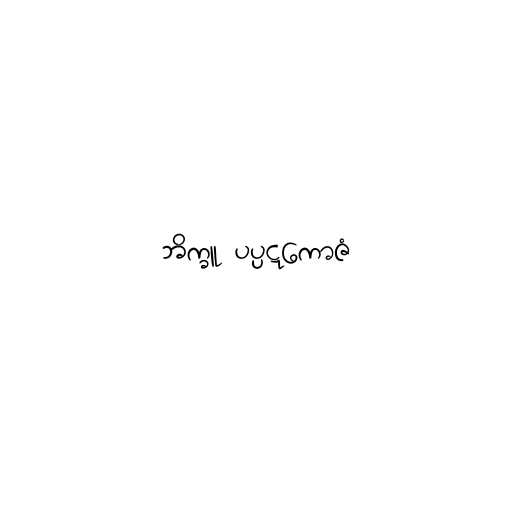
ဘိက္ခူ ပပ္ပဋကောဇံ